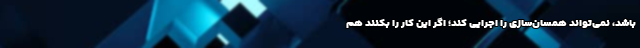
باشد، نمی‌تواند همسان‌سازی را اجرایی کند؛ اگر این کار را بکنند هم